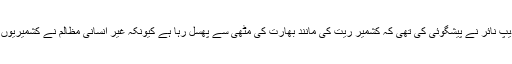
چند برس قبل معروف بھارتی صحافی و دانشور آنجہانی کلدیپ نائر نے پیشگوئی کی تھی کہ کشمیر ریت کی مانند بھارت کی مٹھی سے پھسل رہا ہے کیونکہ غیر انسانی مظالم نے کشمیریوں کو فکری اعتبار سے بھارتی ر یا ست سے جدا کر دیا ہے۔